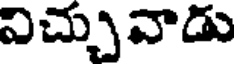
నిచ్చువాడు